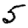
Digit: 5